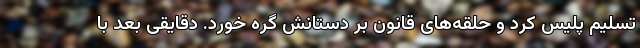
تسلیم پلیس کرد و حلقه‌های قانون بر دستانش گره خورد. دقایقی بعد با